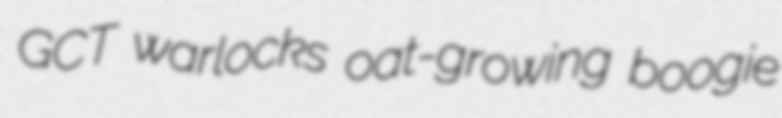
GCT warlocks oat-growing boogie